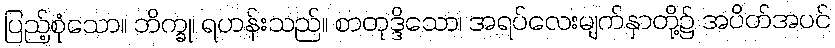
ပြည့်စုံသော။ ဘိက္ခု၊ ရဟန်းသည်။ စာတုဒ္ဒိသော၊ အရပ်လေးမျက်နှာတို့၌ အပိတ်အပင်